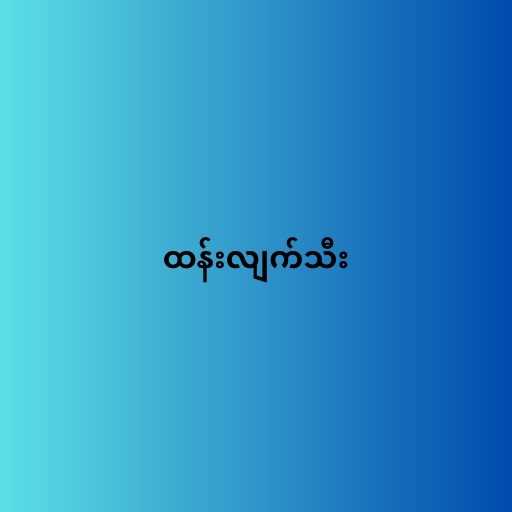
ထန်းလျက်သီး